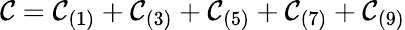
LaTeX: \mathcal{C}=\mathcal{C}_{(1)}+\mathcal{C}_{(3)}+\mathcal{C}_{(5)}+\mathcal{C}_{(7)}+\mathcal{C}_{(9)}